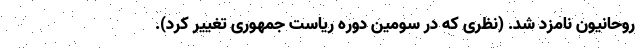
روحانیون نامزد شد. (نظری که در سومین دوره ریاست جمهوری تغییر کرد).